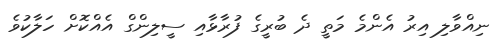
ނިއްވާލި އިރު އެންމެ މަތީ ދެ ބުރީގެ ފުރާޅާއި ސީލިންގް އެއްކޮށް ހަލާކުވެ